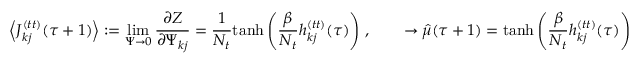
\Big \langle J _ { k j } ^ { ( t t ) } ( \tau + 1 ) \Big \rangle : = \operatorname* { l i m } _ { \Psi \rightarrow 0 } \frac { \partial Z } { \partial \Psi _ { k j } } = \frac { 1 } { N _ { t } } \mathrm { t a n h } \left( \frac { \beta } { N _ { t } } h _ { k j } ^ { ( t t ) } ( \tau ) \right) \, , \qquad \rightarrow \hat { \mu } ( \tau + 1 ) = \mathrm { t a n h } \left( \frac { \beta } { N _ { t } } h _ { k j } ^ { ( t t ) } ( \tau ) \right)